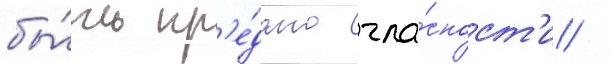
бы́ть пр'е́дано гла́сност'и /